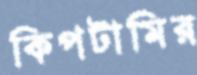
কিপটামির